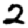
Digit: 2